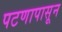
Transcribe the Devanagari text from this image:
पटणापासून